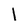
Character: l